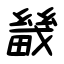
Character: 畿